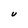
Character: U